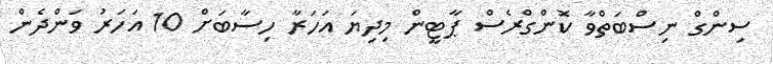
ސިންގް ނިސްބަތްވާ ކޮންގްރެސް ޕާޓީން މިދިޔަ އަހަރާ ހިސާބަށް 10 އަހަރު ވަންދެން